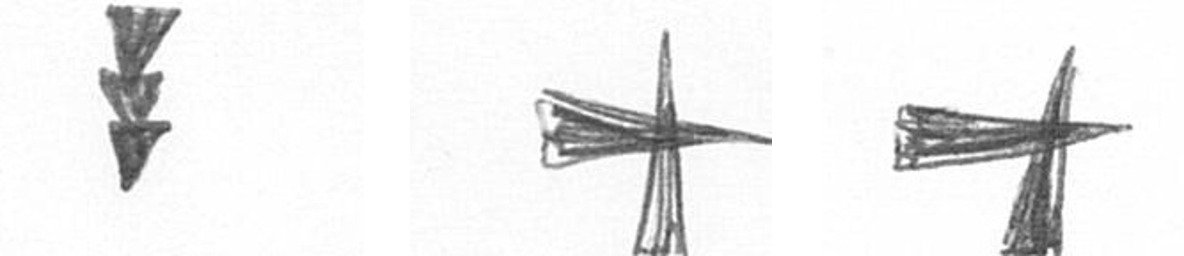
E G G